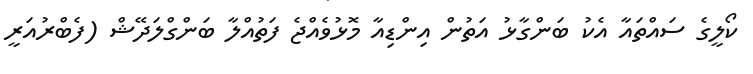
ކޯލީގެ ސައްތައާ އެކު ބަންގާޅު އަތުން އިންޑިއާ މޮޅުވެއްޖެ ފަތުއްލާ ބަންގްލަދޭޝް (ފެބްރުއަރީ